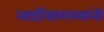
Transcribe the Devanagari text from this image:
आदींसारख्यांनी